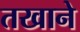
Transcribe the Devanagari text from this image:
तखाने